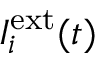
I _ { i } ^ { \mathrm { e x t } } ( t )